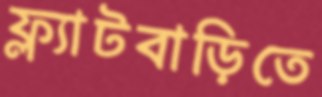
ফ্ল্যাটবাড়িতে